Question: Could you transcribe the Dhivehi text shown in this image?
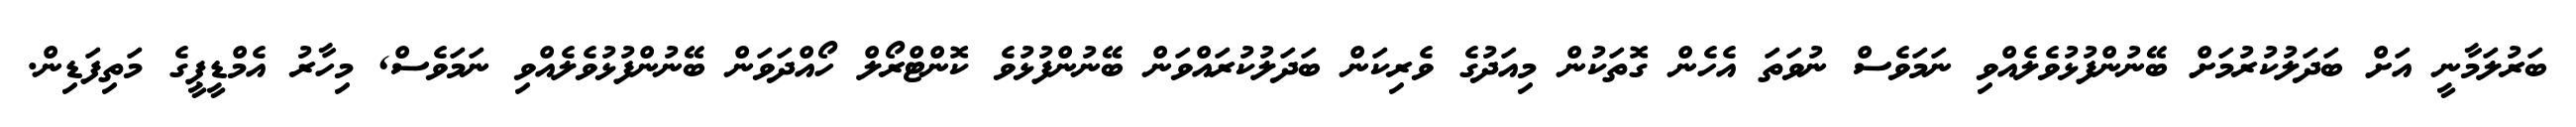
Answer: ބަރުލަމާނީ އަށް ބަދަލުކުރުމަށް ބޭނުންފުޅުވެލެއްވި ނަމަވެސް ނުވަތަ އެހެން ގޮތަކުން މިއަދުގެ ވެރިކަން ބަދަލުކުރައްވަން ބޭނުންފުޅުވެ ކޮންޓްރޯލް ހޯއްދަވަން ބޭނުންފުޅުވެލެއްވި ނަމަވެސް, މިހާރު އެމްޑީޕީގެ މަތިފަޑިން.